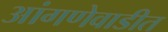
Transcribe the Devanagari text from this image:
आंगणेवाडीत